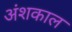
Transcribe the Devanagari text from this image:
अंशकाल